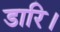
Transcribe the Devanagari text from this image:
डारि।